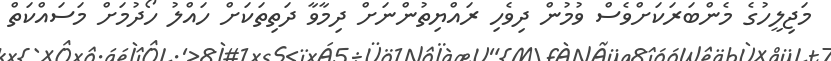
މަޖިލީހުގެ މެންބަރަކަށްވެސް ވުމުން ދިވެހި ރައްޔިތުންނަށް ދިމާވާ ދަތިތަކަށް ހައްލު ހޯދުމަށް މަސައްކަތް